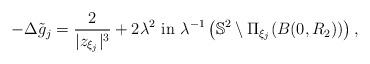
LaTeX: \begin{align*}-\Delta \tilde{g}_j = \frac{2}{|z_{\xi_j}|^3}+2\lambda^2 \textrm{ in }\lambda^{-1}\left(\mathbb{S}^2\setminus \Pi_{\xi_j}(B(0,R_2))\right),\end{align*}